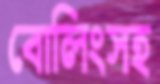
বোলিংসহ